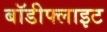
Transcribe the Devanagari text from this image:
बॉडीफ्लाइट